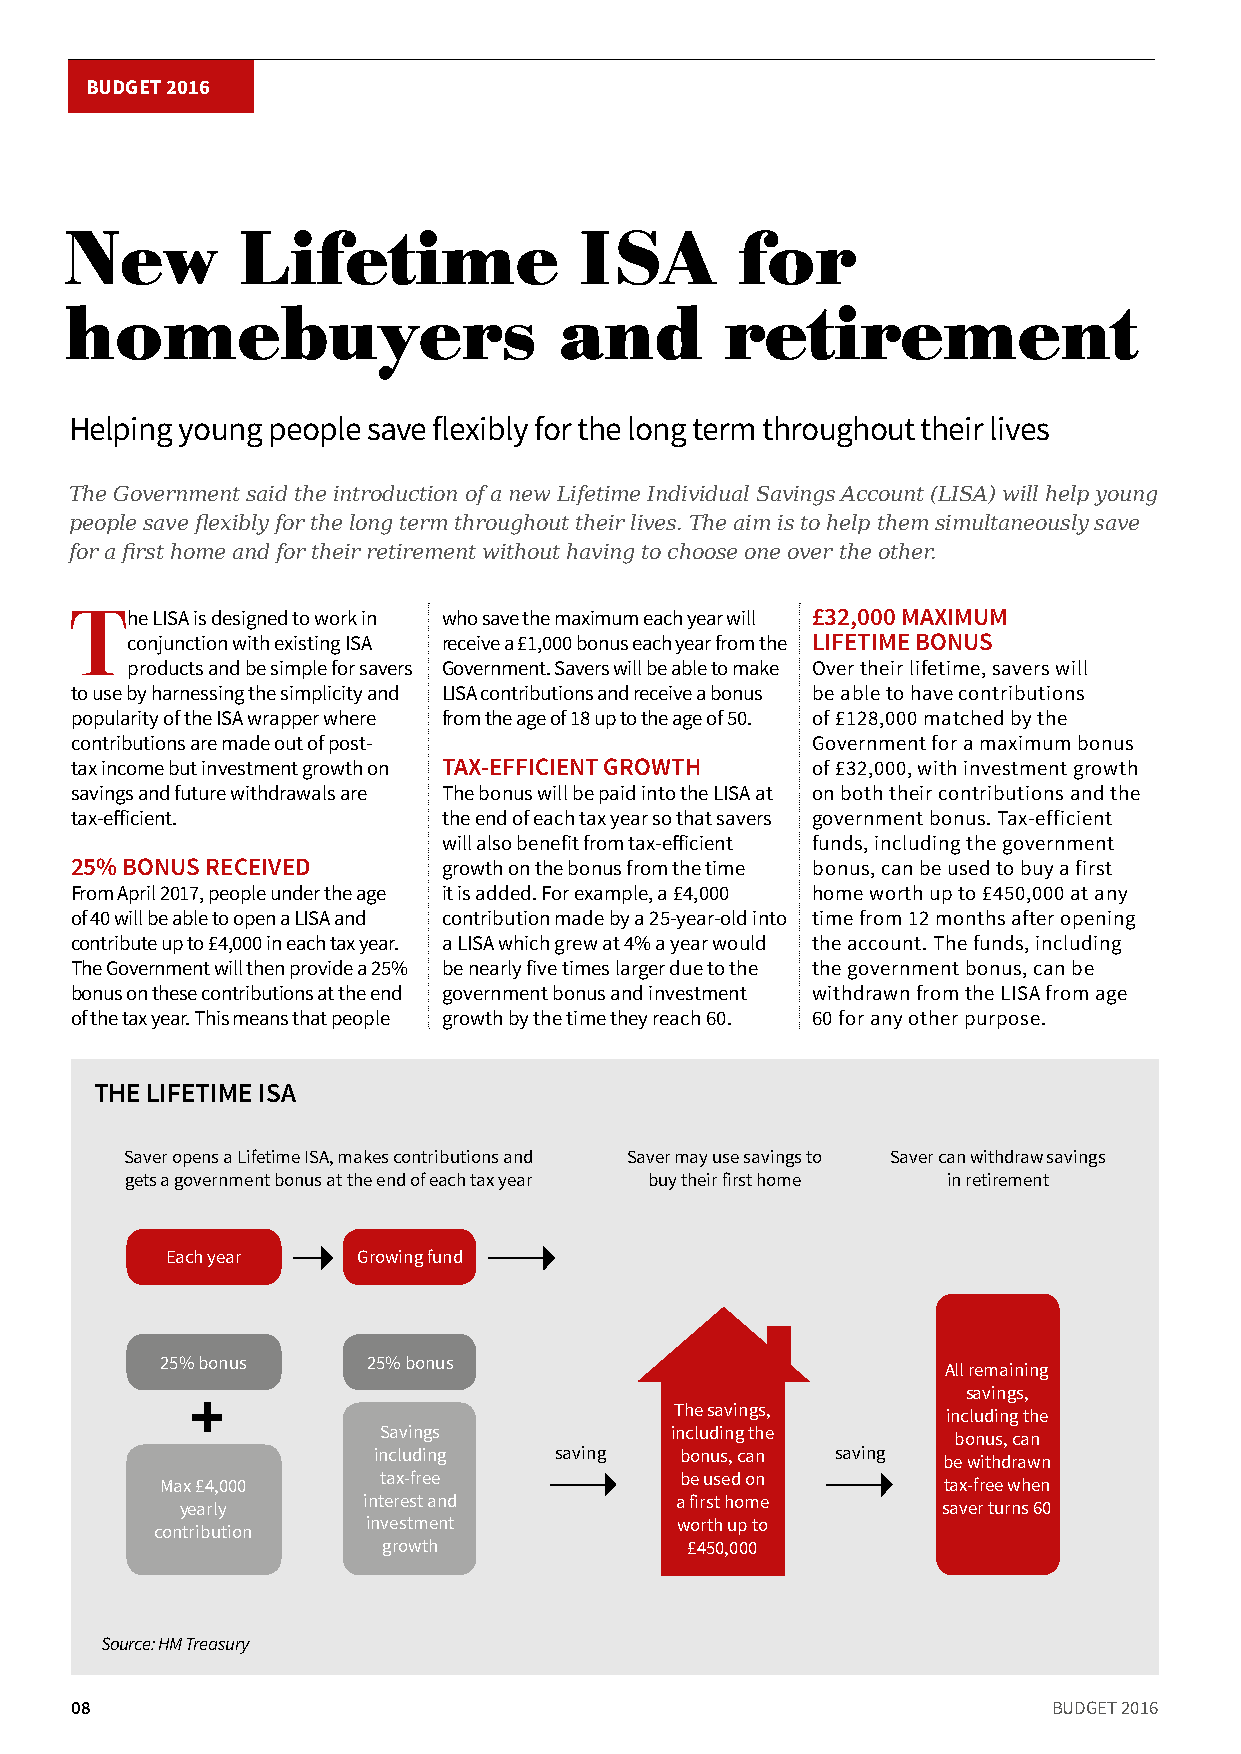
BUDGET 2016
 New         Lifetime              ISA        for
 homebuyers                       and        retirement
 Helping young people save flexibly for the long term throughout their lives
 The Government said the introduction of a new Lifetime Individual Savings Account (LISA) will help young
 people save flexibly for the long term throughout their lives. The aim is to help them simultaneously save
 for a first home and for their retirement without having to choose one over the other.
 The  LISA is designed to work in who save the maximum each year will £32,000 MAXIMUM
 conjunction with existing ISA receive a £1,000 bonus each year from the LIFETIME BONUS
 products and be simple for savers Government. Savers will be able to make Over their lifetime, savers will
 to use by harnessing the simplicity and LISA contributions and receive a bonus be able to have contributions
 popularity of the ISA wrapper where from the age of 18 up to the age of 50. of £128,000 matched by the
 contributions are made out of post-              Government for a maximum bonus
 tax income but investment growth on TAX-EFFICIENT GROWTH of £32,000, with investment growth
 savings and future withdrawals are The bonus will be paid into the LISA at on both their contributions and the
 tax-efficient.          the end of each tax year so that savers government bonus. Tax-efficient
 will also benefit from tax-efficient funds, including the government
 25% BONUS RECEIVED      growth on the bonus from the time bonus, can be used to buy a first
 From April 2017, people under the age it is added. For example, a £4,000 home worth up to £450,000 at any
 of 40 will be able to open a LISA and contribution made by a 25-year-old into time from 12 months after opening
 contribute up to £4,000 in each tax year. a LISA which grew at 4% a year would the account. The funds, including
 The Government will then provide a 25% be nearly five times larger due to the the government bonus, can be
 bonus on these contributions at the end government bonus and investment withdrawn from the LISA from age
 of the tax year. This means that people growth by the time they reach 60. 60 for any other purpose.
 THE LIFETIME ISA
 Saver opens a Lifetime ISA, makes contributions and Saver may use savings to Saver can withdraw savings
 gets a government bonus at the end of each tax year buy their first home in retirement
 Each year    Growing fund
 25% bonus    25% bonus
 All remaining
 savings,
 The savings,      including the
 Savings            including the      bonus, can
 including   saving  bonus, can saving be withdrawn
 Max £4,000    tax-free            be used on       tax-free when
 yearly      interest and         a first home     saver turns 60
 investment           worth up to
 contribution
 growth              £450,000
 Source: HM Treasury
 08                                                               BUDGET 2016